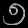
Digit: ၅